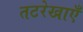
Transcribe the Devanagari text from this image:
तटरेखाएँ